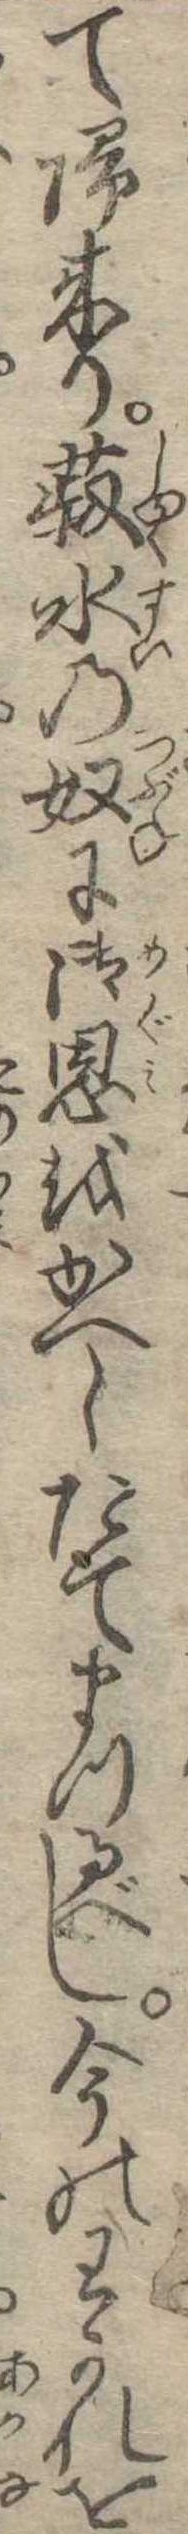
て帰来り菽水の奴に御恩をかへしたてまつるべし今のわかれを